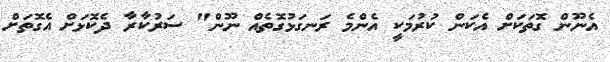
އެނޫން ގޮތަކަށް އެކަން ކުރުމަކީ އެންމެ ރަނގަޅުގޮތެއް ނޫން" ސަރުކާރާ ދެކޮޅަށް އެގޮތަށް